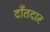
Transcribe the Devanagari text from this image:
दाँतदार